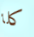
كلا